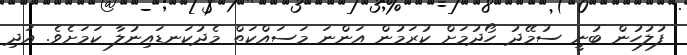
ފުލުހުން ބުނީ ސުމޭދު ހޯދުމަށް ކުރަމުން އަންނަ މަސައްކަތް މެދުކަނޑައިނުލާ ކަމަށެވެ. އަދި